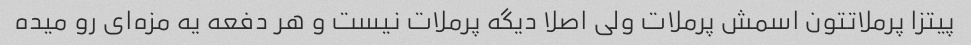
پیتزا پرملاتتون اسمش پرملات ولی اصلا دیگه پرملات نیست و هر دفعه یه مزه‌ای رو میده